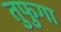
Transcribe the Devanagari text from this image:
तुफुगा